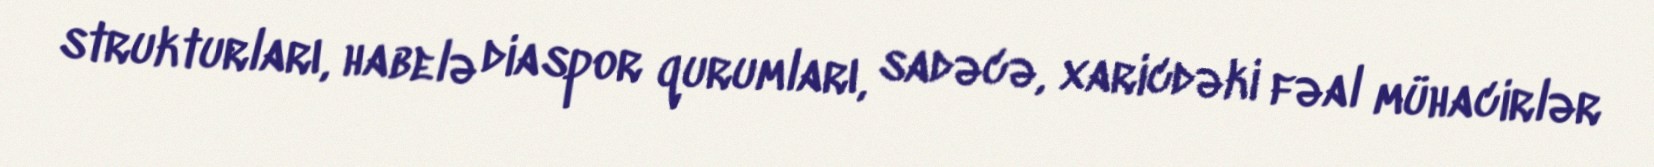
strukturları, habelə diaspor qurumları, sadəcə, xaricdəki fəal mühacirlər